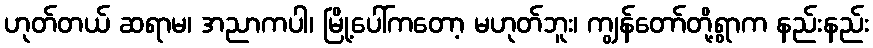
ဟုတ်တယ် ဆရာမ၊ အညာကပါ၊ မြို့ပေါ်ကတော့ မဟုတ်ဘူး၊ ကျွန်တော်တို့ရွာက နည်းနည်း